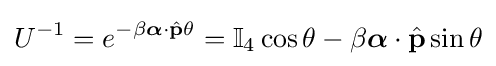
U^{-1}=e^{-\beta {\boldsymbol {\alpha }}\cdot {\hat {\mathbf {p} }}\theta }=\mathbb {I} _{4}\cos \theta -\beta {\boldsymbol {\alpha }}\cdot {\hat {\mathbf {p} }}\sin \theta